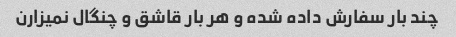
چند بار سفارش داده شده و هر بار قاشق و چنگال نمیزارن